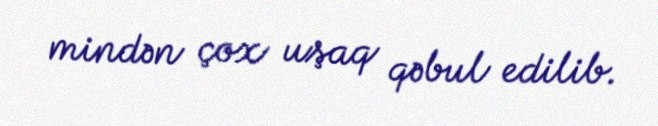
mindən çox uşaq qəbul edilib.